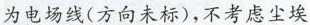
为电场线(方向未标)，不考虑尘埃